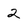
Character: 2